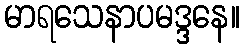
မာရသေနာပမဒ္ဒနေ။